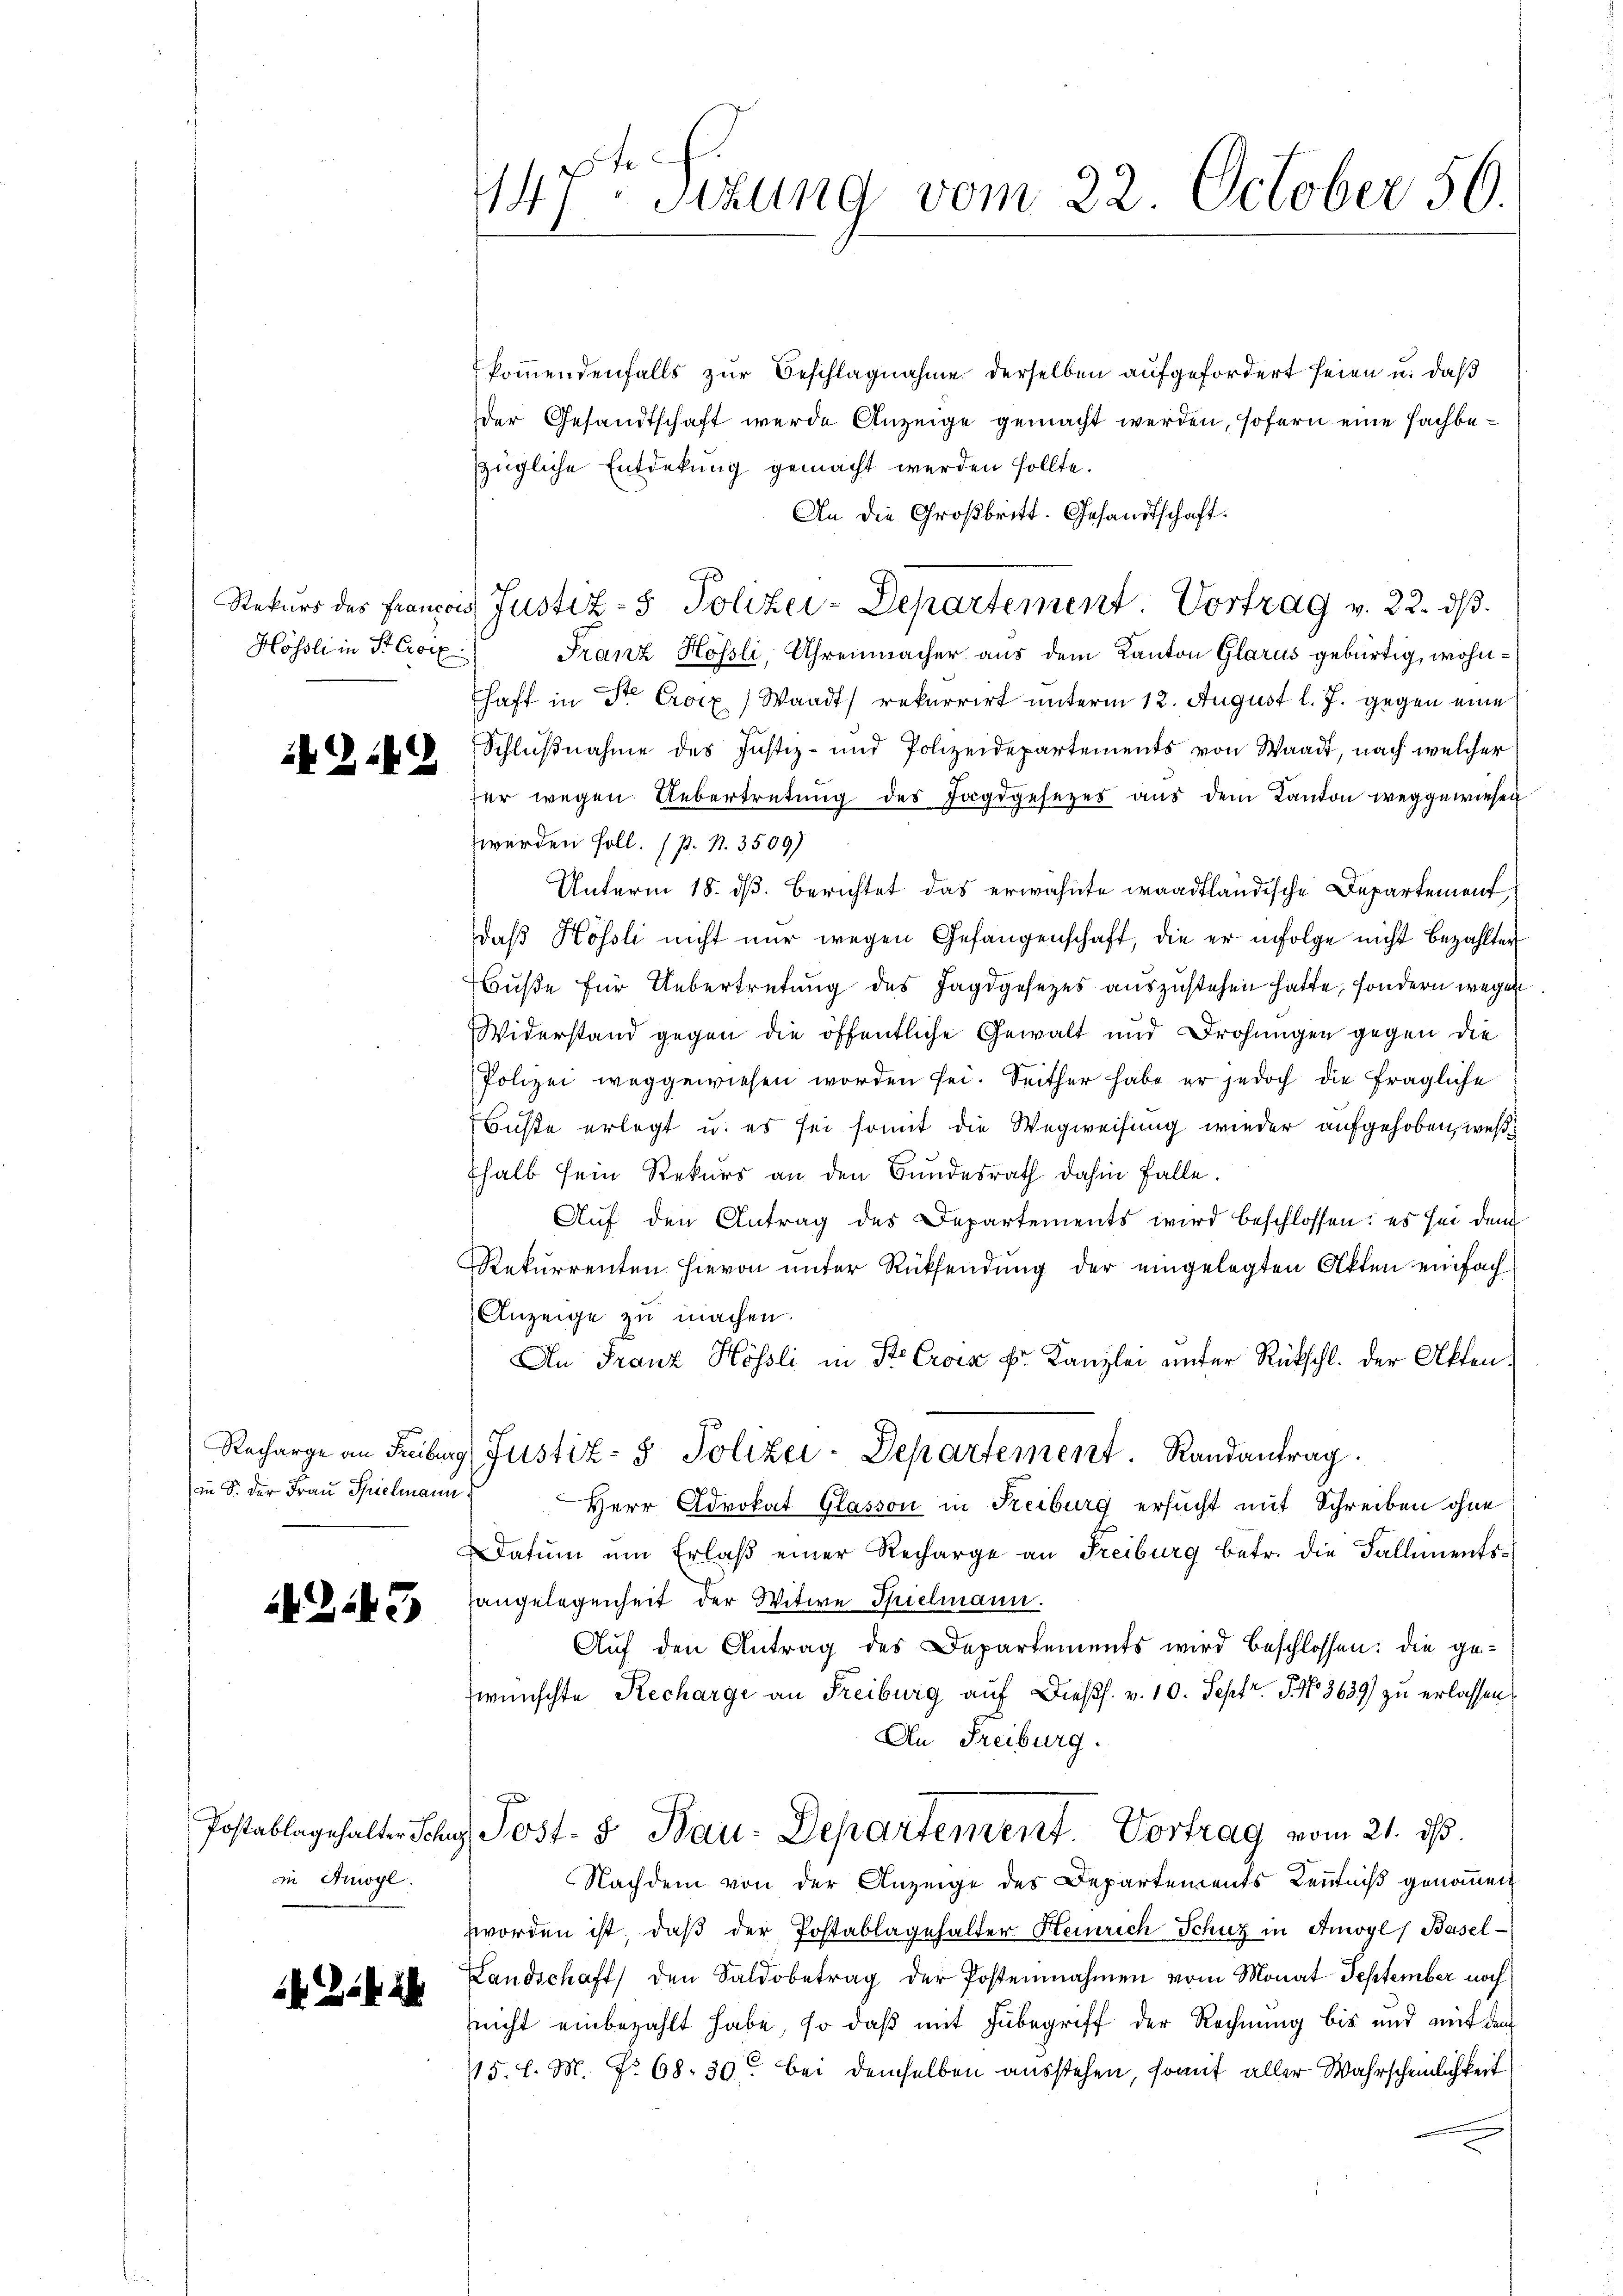
Hössli in St. Croix

i2.EG

an 8. der Frau Spielmann.

443)

in Anogl.

kommendenfalls zur Beschlagnahme derselben aufgefordert seien u. daß
der Gesandtschaft werde Anzeige gemacht werden, sofern eine Fachbezügliche Entdekung gemacht werden sollte.
An die Großbritt. Gesandtschaft.
Franz Hofsli, Uhrenmacher aus dem Kanton Glarus gebürtig, wohnhaft in Dr Croix) Waadt) rekurrirt unterm 12. August l. J. gegen eine
Schlußnahme des Justiz- und Polizeidepartements von Waadt, nach welcher
er wegen Uebertretŭng des Jagdgesezes aŭs dem Kanton weggewiesen
zwerden soll. P. Nr. 3509)
Unterm 18. d. Berichtet das erwähnte waadtländische Departement
daβ Hösli nicht nŭr wegen Gefangenschaft, die er infolge nicht bezahlter
Nuße für Uebertretung des Jagdgesezes auszustehen hatte, sondern wegen
Widerstand gegen die öffentliche Gewalt und Drohungen gegen die
Polizei weggewiesen worden sei. Seither habe er jedoch die fragliche
Büste erlegt u. es sei somit die Wegweisung wieder aufgehoben, weßhalb sein Rekurs an den Bundesrath dahin Falle.
Aŭf den Antrag des Departements wird beschlossen: es sei dem
Rekurrenten hievon unter Rücksendung der eingelegten Akten einfach¬
Anzeige zu machen.
An Franz Hössli in Ste Croca Fr. Kanzlei unter Rückschl. der Akten¬
Recharge an Freiburg (Justiz- & Polizei-Departement. Randantrag
Herr Advokat Glasson in Freiburg ersucht mit Schreiben ohne
Datum um Erlaβ einer Recharge an Freiburg betr. die Fallimentsangelegenheit der Witwe Spielmann.
Auf den Antrag des Departements wird beschlossen: die ge-
wünschte Recharge an Freiburg auf dießs. v. 10. Septr. J. No. 3639) zu erlassen.
An Freiburg.
Postablagehalter Schy Post- & Bau-Departement. Vortrag vom 21. ds.
Nachdem von der Anzeige des Departements Kenntniß genommen
zworden ist, daß der Postablagehalter Heinrich Schutz in Amoyl) Basel-
Landschaft den Saldobetrag der Postennahmen vom Monat September noch
(nicht einbezahlt habe, so daß mit Inbegriff der Rechnung bis und mit dem
75. l. M. No 68. 30. bei demselben ausstehen, somit aller Wahrscheinlichkeit

147. Setzung vom 22. October 56.

Rekurs des Francois Justiz- & Polizei-Departement. Vortrag v. 22. ds.